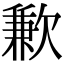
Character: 歉